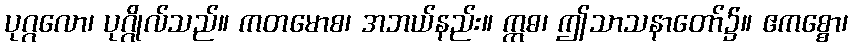
ပုဂ္ဂလော၊ ပုဂ္ဂိုလ်သည်။ ကတမောစ၊ အဘယ်နည်း။ ဣဓ၊ ဤသာသနာတော်၌။ ဧကစ္စော၊